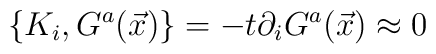
\{K_{i}, G^{a}(\vec{x})\} = -t\partial_{i}G^{a}(\vec{x}) \approx 0